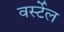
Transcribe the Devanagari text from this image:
वर्स्टेल